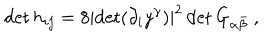
\det h _ { i j } = 8 \left| \det ( \partial _ { i } y ^ { \gamma } ) \right| ^ { 2 } \det G _ { \alpha \bar { \beta } } \ ,